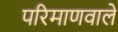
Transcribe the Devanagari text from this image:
परिमाणवाले